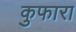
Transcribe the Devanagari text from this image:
कुफारा